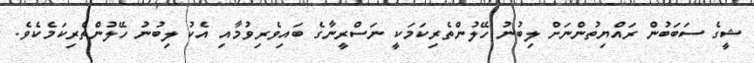
ޝީގެ ސަބަބުން ރައްޔިތުންނަށް ލިބުނު ހޭލުންތެރިކަމަކީ ނަސްރީނާގެ ބައިވެރިވުމާއި އެކު ލިބުނު ހޭލުންތެރިކަމެކެވެ.